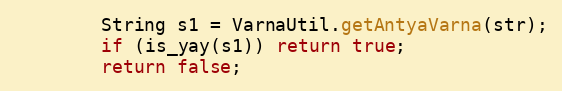
Language: Java
        String s1 = VarnaUtil.getAntyaVarna(str);
        if (is_yay(s1)) return true;
        return false;